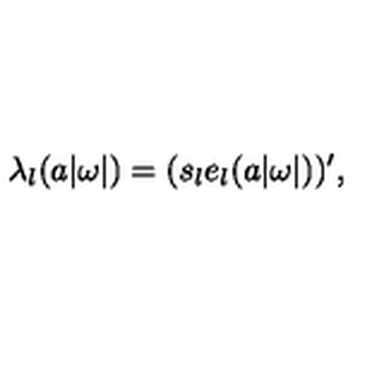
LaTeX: \lambda _ { l } ( a | \omega | ) = ( s _ { l } e _ { l } ( a | \omega | ) ) ^ { \prime } ,